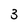
Character: 3